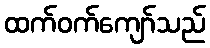
ထက်ဝက်ကျော်သည်